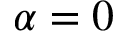
\alpha = 0